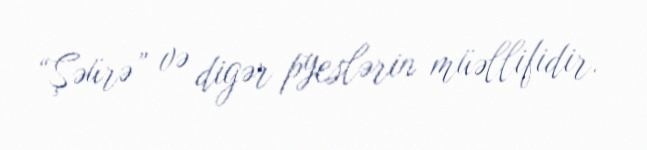
“Şəürə” və digər pyeslərin müəllifidir.